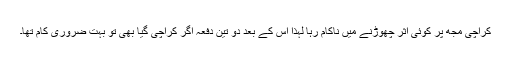
کراچی مجھ پر کوئی اثر چھوڑنے میں ناکام رہا لہٰذا اس کے بعد دو تین دفعہ اگر کراچی گیا بھی تو بہت ضروری کام تھا۔